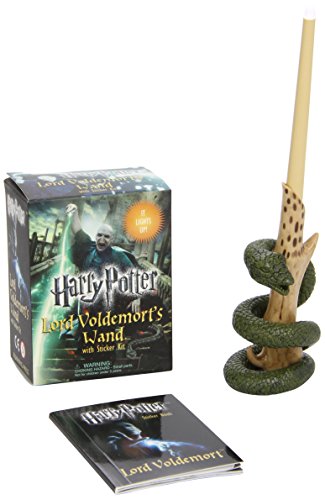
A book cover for Harry Potter Voldemort's Wand with Sticker Kit: Lights Up!; Humor & Entertainment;